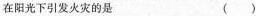
在阳光下引发火灾的是（）